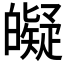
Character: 𤾰